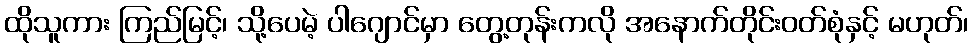
ထိုသူကား ကြည်မြင့်၊ သို့ပေမဲ့ ပါဂျောင်မှာ တွေ့တုန်းကလို အနောက်တိုင်းဝတ်စုံနှင့် မဟုတ်၊